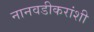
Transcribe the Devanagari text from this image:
नानवडीकरांशी